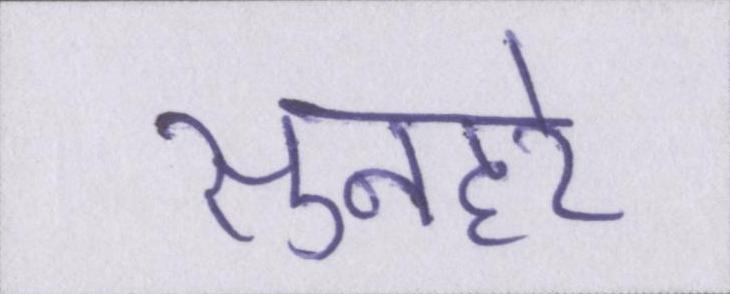
सुनहरे